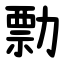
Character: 勡